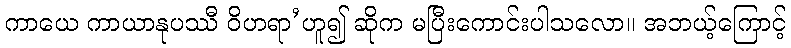
ကာယေ ကာယာနုပဿီ ဝိဟရာ’ဟူ၍ ဆိုက မပြီးကောင်းပါသလော။ အဘယ့်ကြောင့်